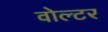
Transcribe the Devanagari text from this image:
वोल्टर